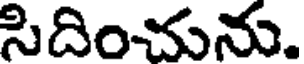
సిదించును.